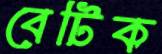
বেটিক